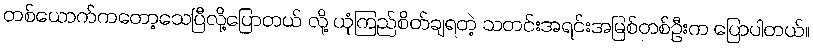
တစ်ယောက်ကတော့သေပြီလို့ပြောတယ် လို့ ယုံကြည်စိတ်ချရတဲ့ သတင်းအရင်းအမြစ်တစ်ဦးက ပြောပါတယ်။